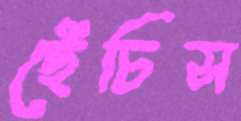
ছেঁচিস